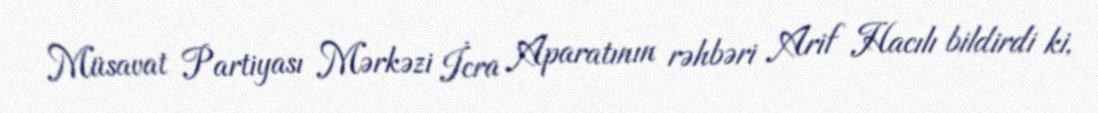
Müsavat Partiyası Mərkəzi İcra Aparatının rəhbəri Arif Hacılı bildirdi ki,